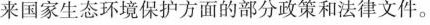
来国家生态环境保护方面的部分政策和法律文件。